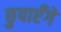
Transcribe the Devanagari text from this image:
छुपाएँगे